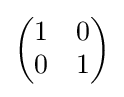
{\begin{pmatrix}1&0\\0&1\end{pmatrix}}